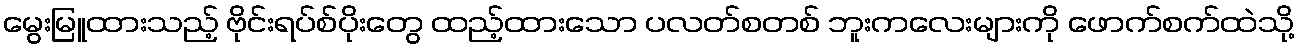
မွေးမြူထားသည့် ဗိုင်းရပ်စ်ပိုးတွေ ထည့်ထားသော ပလတ်စတစ် ဘူးကလေးများကို ဖောက်စက်ထဲသို့